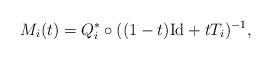
LaTeX: \begin{align*}M_i(t) = Q^*_i \circ ((1-t) \mathrm{Id} + t T_i)^{-1}, \end{align*}